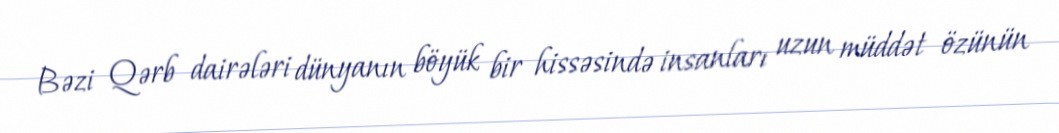
Bəzi Qərb dairələri dünyanın böyük bir hissəsində insanları uzun müddət özünün